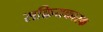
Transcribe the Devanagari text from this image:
सक्रियकारक